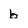
Character: b